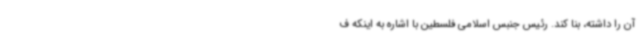
آن را داشته، بنا کند. رئیس جنبس اسلامی فلسطین با اشاره به اینکه ف